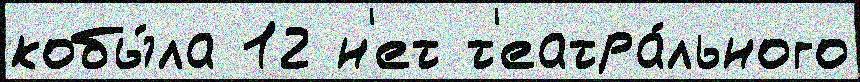
кобы́ла 12 н'ет т'еатра́льного